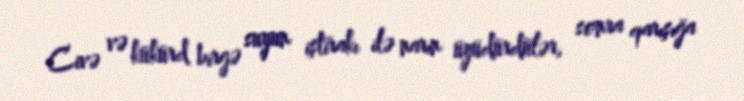
Civə və kükürd birgə suyun iştirakı ilə narın üyüdürdülər, sonra qarışığa